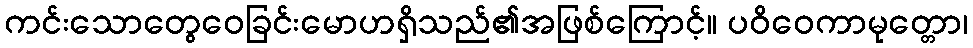
ကင်းသောတွေဝေခြင်းမောဟရှိသည်၏အဖြစ်ကြောင့်။ ပဝိဝေကာမုတ္တော၊